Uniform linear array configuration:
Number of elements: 24
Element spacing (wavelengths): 0.25
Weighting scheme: hann
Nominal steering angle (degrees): -30
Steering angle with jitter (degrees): -31.787
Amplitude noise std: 0.05
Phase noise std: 0.05

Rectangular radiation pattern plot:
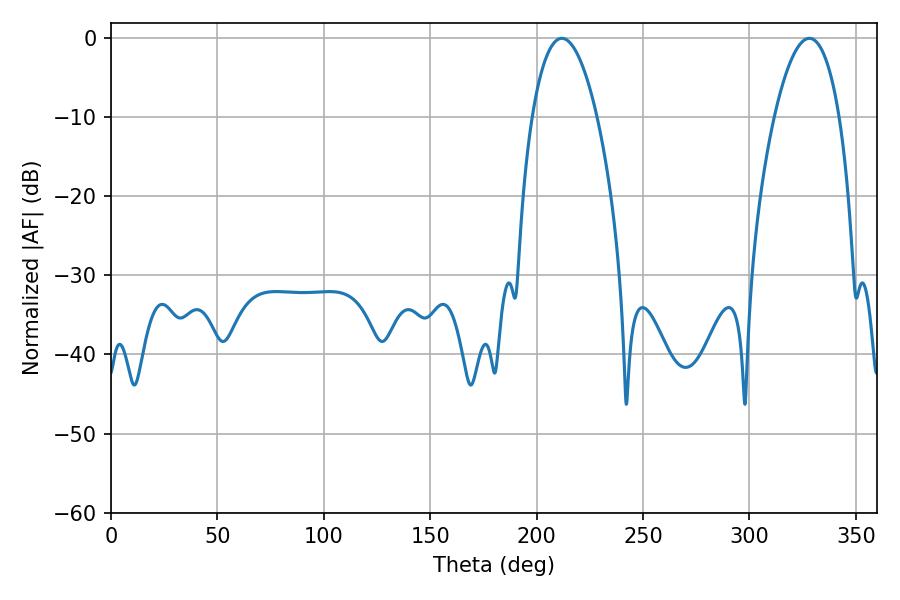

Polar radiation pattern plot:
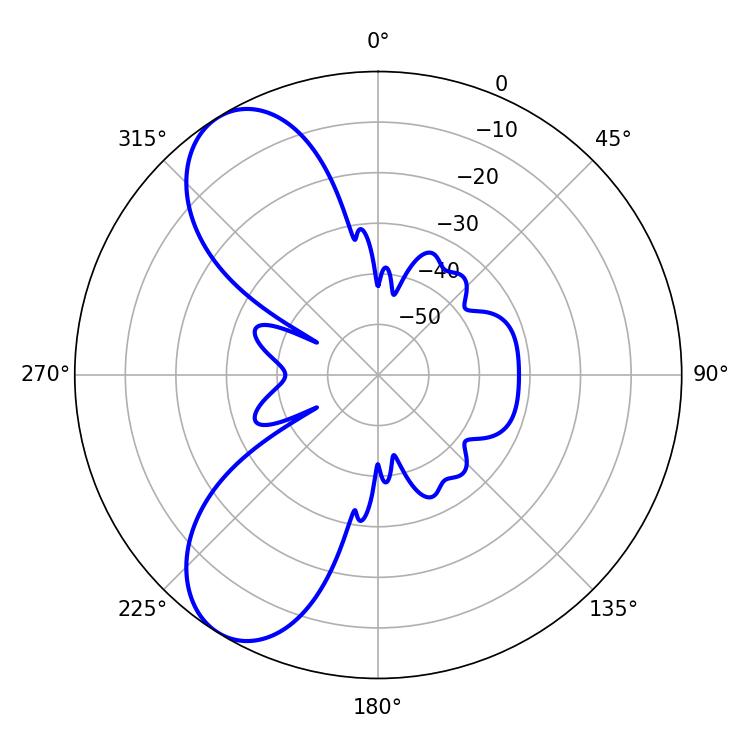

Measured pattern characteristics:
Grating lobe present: FALSE
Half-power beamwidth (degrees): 16.92
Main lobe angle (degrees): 211.86